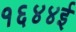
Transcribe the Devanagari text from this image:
१६४४ई